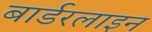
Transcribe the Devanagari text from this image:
बार्डरलाइन